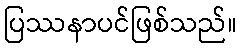
ပြဿနာပင်ဖြစ်သည်။